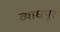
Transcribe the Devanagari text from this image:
व्याधपूर